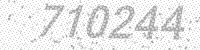
Solution: 710244